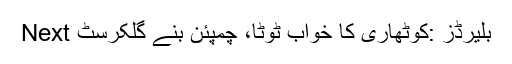
Next بلیرڈز :کوٹھاری کا خواب ٹوٹا، چمپئن بنے گلکرسٹ